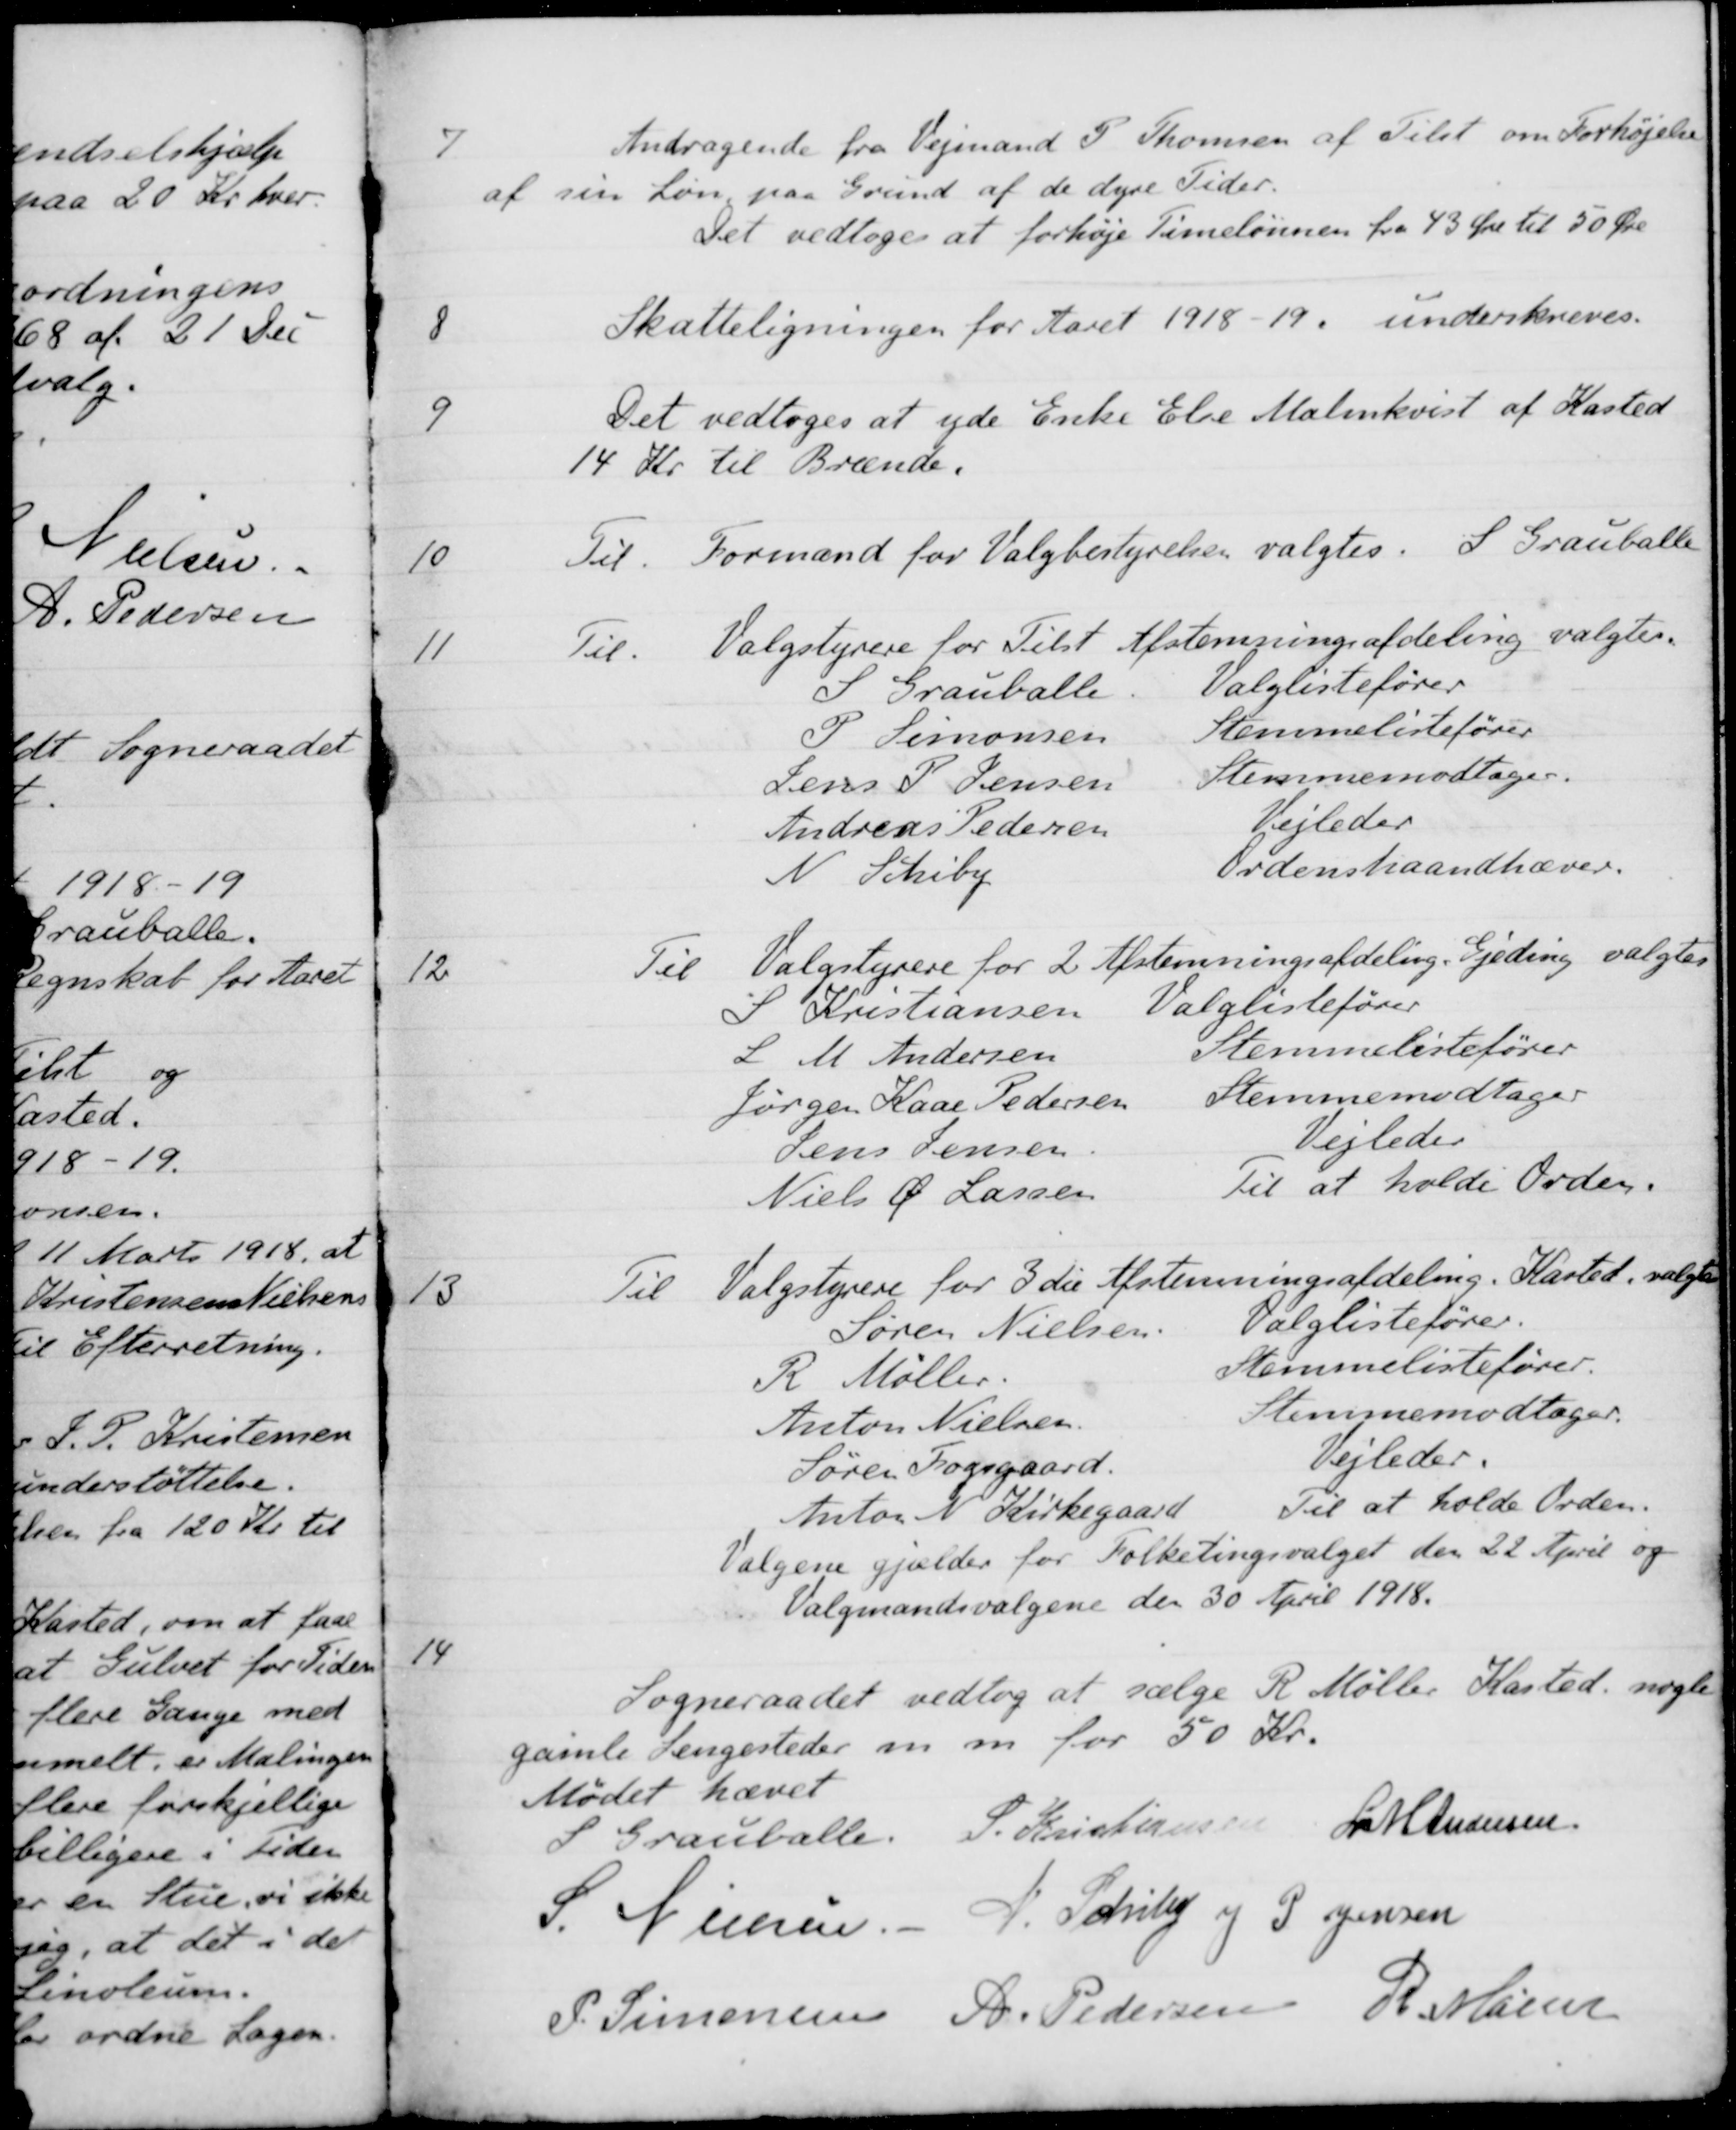
Transskription:
7
Andragende fra Vejmand P. Thomsen af Tilst om Forhøjelse
af sin Løn paa Grund af de dyre Tider.
Det vedtoges at forhøje Timelønnen fra 43 Øre til 50 Øre
8
Skatteligningen for Aaret 1918-19. underskreves.
9
Det vedtoges at yde Enke Else Malmkvist af Kasted
14 Kr. til Brænde.
10
Til. Formand for Valgbestyrelsen valgtes: S. Grauballe
11
Til. Valgstyrere for Tilst Afstemningsafdeling valgtes.
S Grauballe
Valglistefører
P Simonsen
Stemmelistefører
Jens P. Jensen
Stemmemodtager.
Andreas Pedersen
Vejleder
N. Schiby
Ordenshaandhæver.
12
Til Valgstyrere for 2 Afstemningsafdeling. Gjeding valgtes
S Kristiansen
Valglistefører
L M Andersen
Stemmelistefører
Jørgen Kaae Pedersen
Stemmemodtager
Jens Jensen
Vejleder
Niels Ø Lassen
Til at holde Orden.
13
Til Valgstyrere for 3 die Afstemningsafdeling. Kasted, valgte
Søren Nielsen
Valglistefører.
R Møller
Stemmelistefører.
Anton Nielsen
Stemmemodtager.
Søren Fogsgaard
Vejleder.
Anton N. Kirkegaard
Til at holde Orden.
Valgene gjælder for Folketingsvalget den 22 April og
Valgmandsvalgene den 30 April 1918.
14
Sogneraadet vedtog at sælge R. Møller Kasted nogle
gamle Sengesteder m. m. for 50 Kr.
Mødet hævet
S Grauballe.
S. Kristiansen
L M Andersen
S. Nielsen
J. Schiby
J P Jensen
P. Simonsen
A. Pedersen
R. Møller